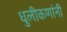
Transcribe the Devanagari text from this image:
धुलीकणांनी